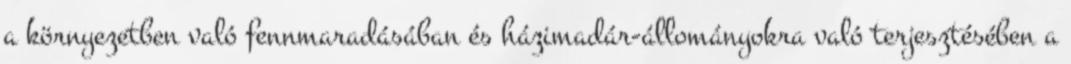
a környezetben való fennmaradásában és házimadár-állományokra való terjesztésében a